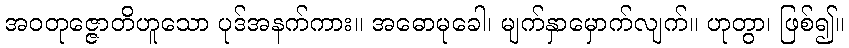
အဝတုဇ္ဇောတိဟူသော ပုဒ်အနက်ကား။ အဓောမုခေါ၊ မျက်နှာမှောက်လျက်။ ဟုတွာ၊ ဖြစ်၍။